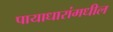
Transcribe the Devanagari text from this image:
पायाधारांमधील